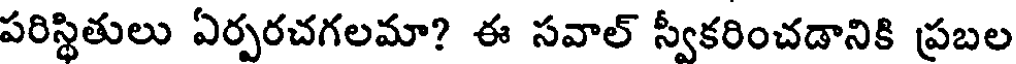
పరిస్థితులు ఏర్పరచగలమా? ఈ సవాల్ స్వీకరించడానికి ప్రబల